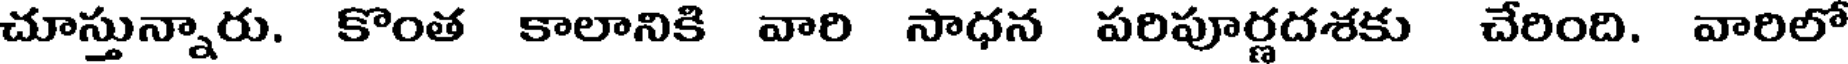
చూస్తున్నారు. కొంత కాలానికి వారి సాధన పరిపూర్ణదశకు చేరింది. వారిలో